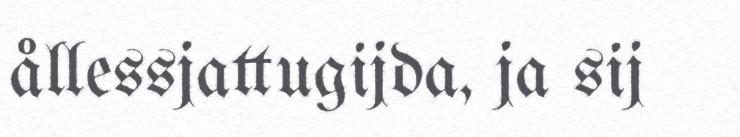
ållessjattugijda, ja sij